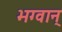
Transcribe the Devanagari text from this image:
भग्वान्